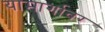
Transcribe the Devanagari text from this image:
यामार्गावर